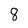
Character: 8